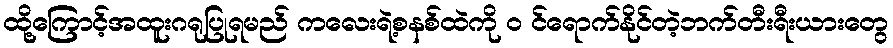
ထို့ကြောင့်အထူးဂရုပြုရမည် ကလေးရဲ့စနစ်ထဲကို ၀ င်ရောက်နိုင်တဲ့ဘက်တီးရီးယားတွေ